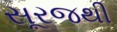
સૂરજથી